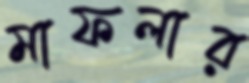
মাফলার